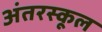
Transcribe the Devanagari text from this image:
अंतरस्कूल